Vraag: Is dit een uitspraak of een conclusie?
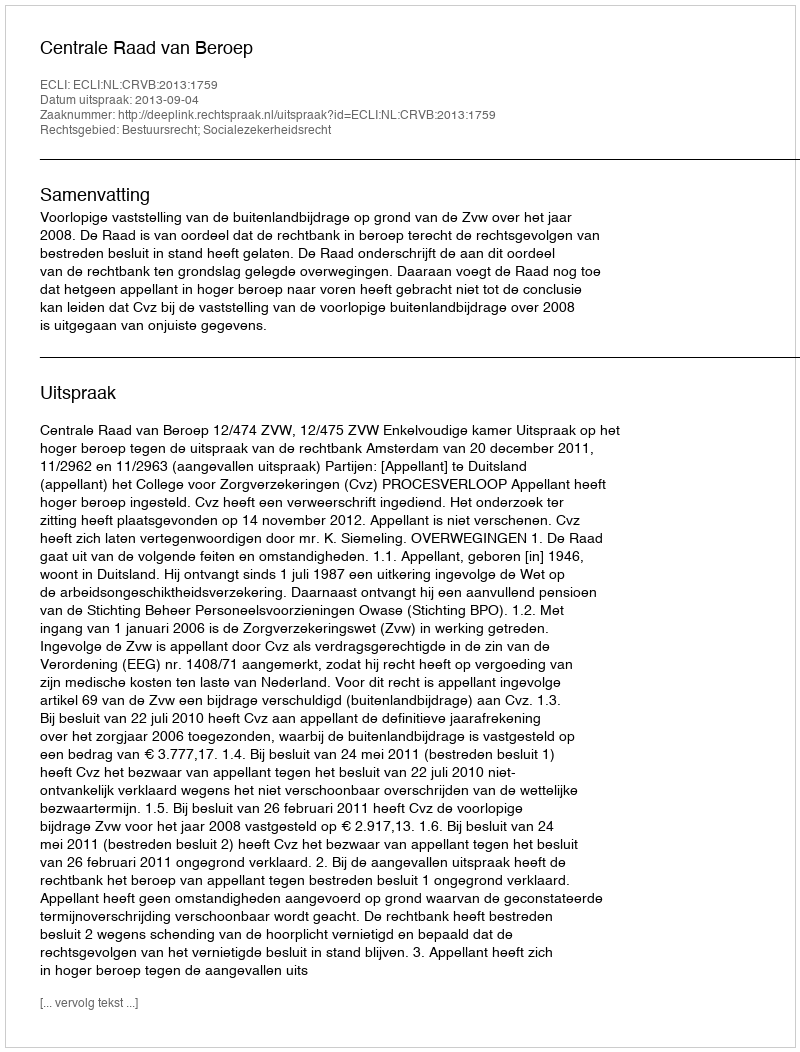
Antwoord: Uitspraak